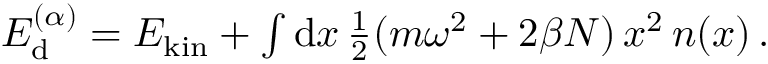
\begin{array} { r } { E _ { \mathrm d } ^ { ( \alpha ) } = E _ { \mathrm { k i n } } + \int \mathrm { d } x \, \frac 1 2 ( m \omega ^ { 2 } + 2 \beta N ) \, x ^ { 2 } \, n ( x ) \, . } \end{array}